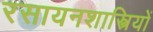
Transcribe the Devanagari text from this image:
रसायनशास्त्रियों